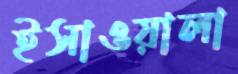
ইসাওয়ালা